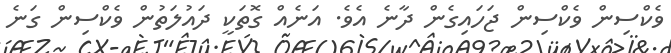
ވެކްސިން ވެކްސިން ޖަހައިގެން ދާނެ އެވެ. އަނެއް ގޮތަކީ ދައުލަތުން ވެކްސިން ގަނެ